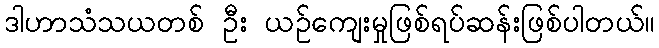
ဒါဟာသံသယတစ် ဦး ယဉ်ကျေးမှုဖြစ်ရပ်ဆန်းဖြစ်ပါတယ်။